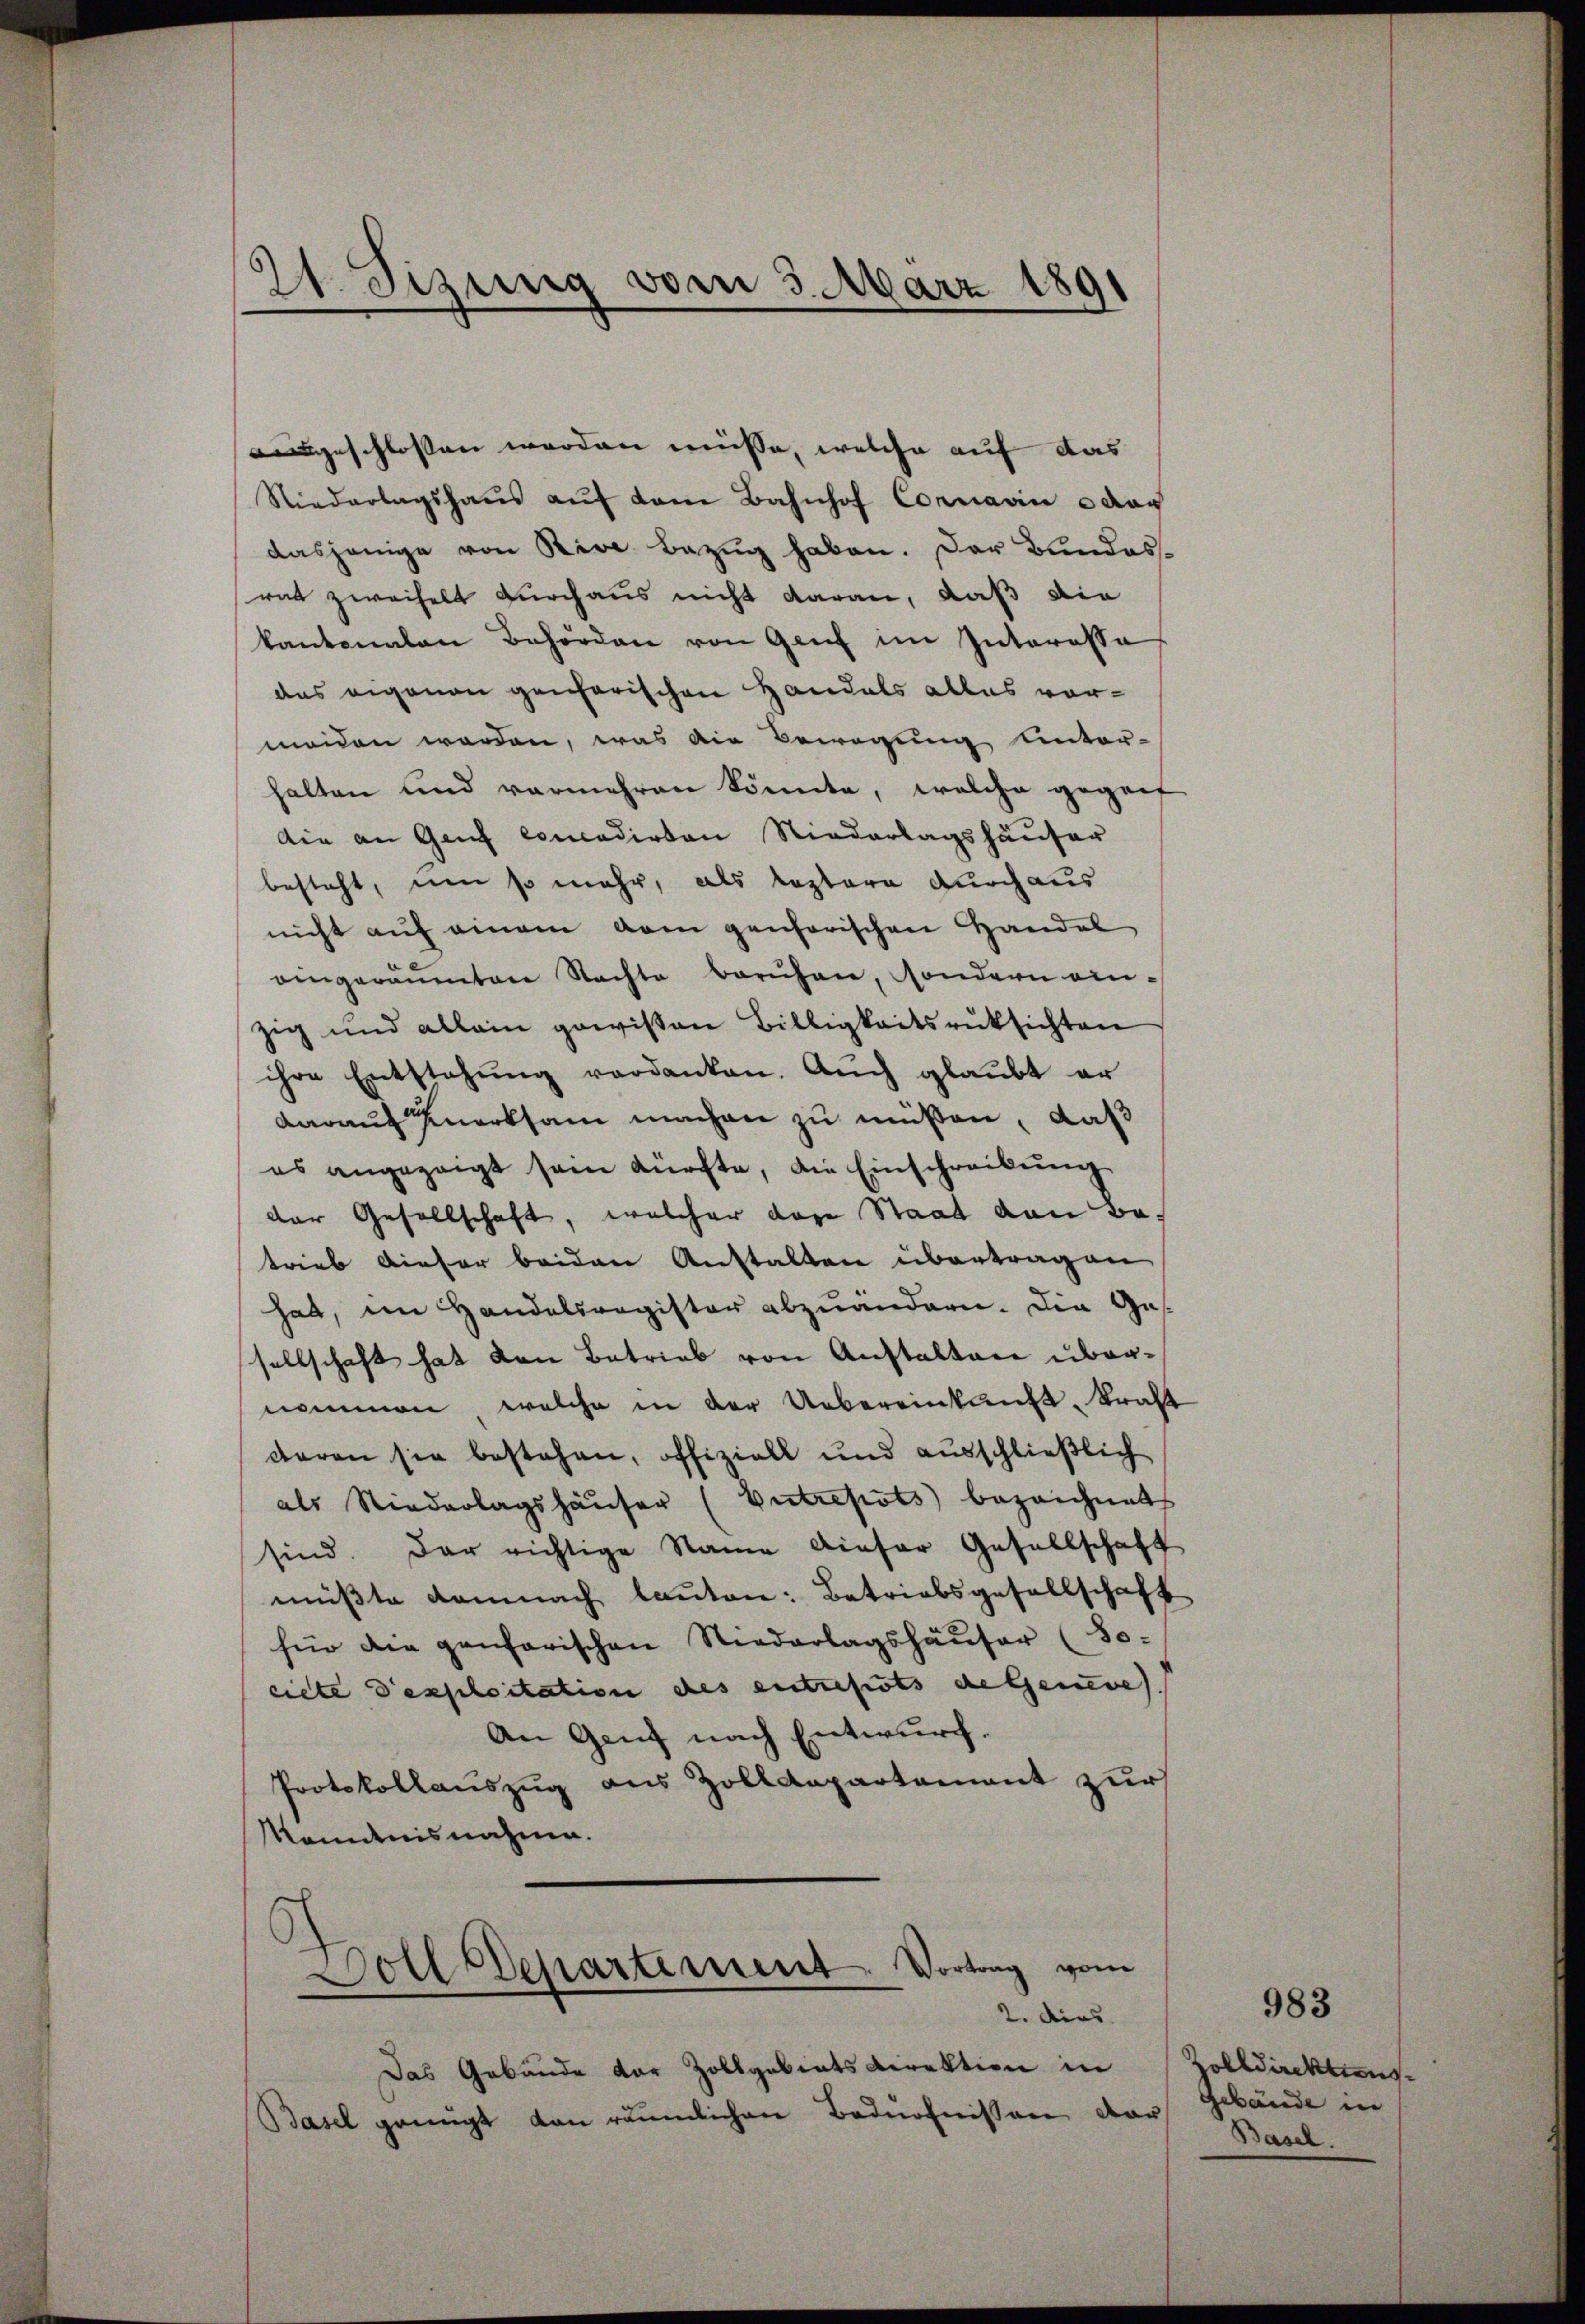
2t. Sizung vom 3. März 1891

augeschlossen werden müsse, welche auf das
Niederlagshaŭs aŭf dem Bahnhof Connavin u da
dasjenige von Rive Bezug haben. Der Bundesrat zweifelt durchaus nicht daran, daß die
kantonalen Behörden von Genf im Interessa
das eigenen genarischen Handels alles vormeiden worden, was die Bewegung unter-
halten und vermehren könnte, welche gegenf
Ain an Genf concedirten Niederlagshäuser
besteht, um so mehr, als leztere durchaus
nicht auf einem vom pensorischen Handel
angeräumten Nachte beruhen, sondern einzig und allein gewissen Billigkeitsrüksichten
ihre Entstehung verdanken. Auch glaubt er
darauf Knorksam machen zu müßen, daß
es angezeigt sein kürfte, die Einschreibung
der Gesellschaft, welcher dare Staat von Betrieb dieser beiden Anstalten übertragen
hat, im Handelsregister abzuändern. Die Ges
sellschaft hat den Betrieb von Anstalten übernommen, welche in der Uebereinkunft. Kraft
daran sie bestehen, offiziell und ausschließlich
als Niederlagshäŭser (Entrepots bezeichnet
sind. Der richtige Name dieser Gesellschaft
müβte damnach lauten: Betriebsgesellschaft
für die genfarischen Niederlagshäuser (So-
ciete Desploitation des entreferts die Geneve
An Genf nach Entwurf.
Protokollauszug aus Zolldepartement zur
Kenntnisnahme.
Doll Departement. Vortrag vom

n
2. dies

Das Gebäude der Zollgebietsdirektion in
Basel genügt dan räumlichen Bedürfnissen dar

983

Zolldirektieng
Gebäude in
Basel.